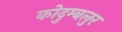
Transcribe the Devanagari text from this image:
कोदुम्बलुर